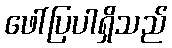
ဖေါ်ပြပါရှိသည်